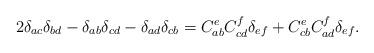
LaTeX: \begin{align*}2\delta _{ac}\delta _{bd}-\delta _{ab}\delta _{cd}-\delta _{ad}\delta_{cb}=C_{ab}^eC_{cd}^f\delta _{ef}+C_{cb}^eC_{ad}^f\delta _{ef}.\end{align*}